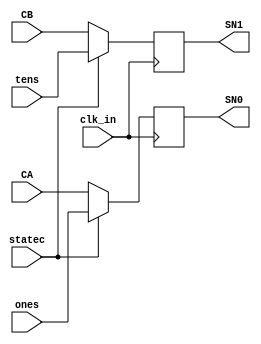
module LEDmuxer (CA,CB,ones,tens,statec,clk_in,SN0,SN1);
	input [3:0]CA,CB;
	input [3:0] tens,ones;
	input clk_in;
	input statec;
	
	output [3:0] SN0,SN1;
	reg [3:0]SN0;
	reg [3:0]SN1;
	
	always @ (posedge clk_in) begin
		if (statec != 1) begin
			SN0 <= CA;
			SN1 <= CB;
			end
		else begin
			SN0 <= ones;
			SN1 <= tens;
			end
		end

endmodule